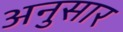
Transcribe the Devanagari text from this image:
अनुसार